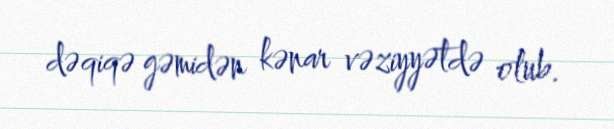
dəqiqə gəmidən kənar vəziyyətdə olub.